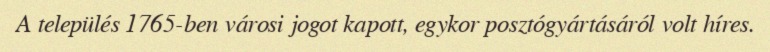
A település 1765-ben városi jogot kapott, egykor posztógyártásáról volt híres.